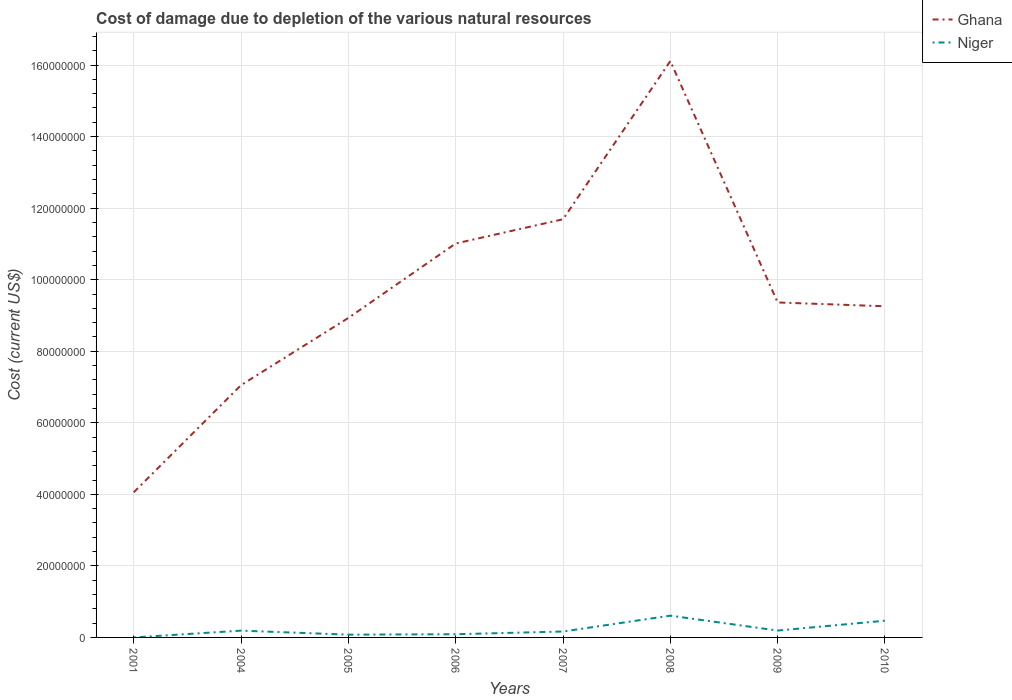
| Years | Ghana | Niger |
 | --- | --- | --- |
 | 2001 | 4.06e+07 | 1.9e+03 |
 | 2004 | 7.05e+07 | 1.9e+06 |
 | 2005 | 8.93e+07 | 7.75e+05 |
 | 2006 | 1.1e+08 | 8.93e+05 |
 | 2007 | 1.17e+08 | 1.65e+06 |
 | 2008 | 1.61e+08 | 6.09e+06 |
 | 2009 | 9.36e+07 | 1.92e+06 |
 | 2010 | 9.26e+07 | 4.68e+06 |